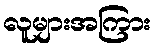
လူများအကြား